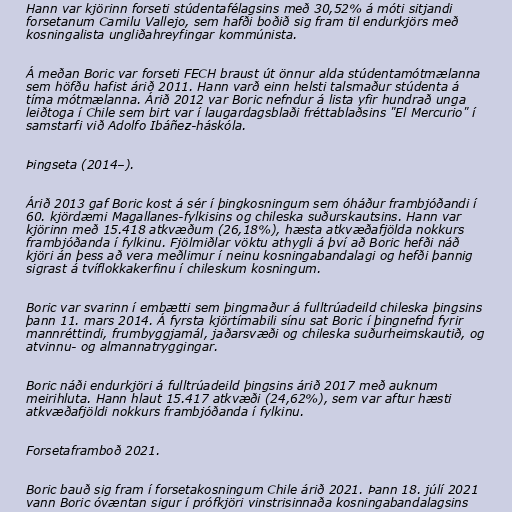
Hann var kjörinn forseti stúdentafélagsins með 30,52% á móti sitjandi
forsetanum Camilu Vallejo, sem hafði boðið sig fram til endurkjörs með
kosningalista ungliðahreyfingar kommúnista.

Á meðan Boric var forseti FECH braust út önnur alda stúdentamótmælanna
sem höfðu hafist árið 2011. Hann varð einn helsti talsmaður stúdenta á
tíma mótmælanna. Árið 2012 var Boric nefndur á lista yfir hundrað unga
leiðtoga í Chile sem birt var í laugardagsblaði fréttablaðsins "El Mercurio" í
samstarfi við Adolfo Ibáñez-háskóla.

Þingseta (2014–).

Árið 2013 gaf Boric kost á sér í þingkosningum sem óháður frambjóðandi í
60. kjördæmi Magallanes-fylkisins og chileska suðurskautsins. Hann var
kjörinn með 15.418 atkvæðum (26,18%), hæsta atkvæðafjölda nokkurs
frambjóðanda í fylkinu. Fjölmiðlar vöktu athygli á því að Boric hefði náð
kjöri án þess að vera meðlimur í neinu kosningabandalagi og hefði þannig
sigrast á tvíflokkakerfinu í chileskum kosningum.

Boric var svarinn í embætti sem þingmaður á fulltrúadeild chileska þingsins
þann 11. mars 2014. Á fyrsta kjörtímabili sínu sat Boric í þingnefnd fyrir
mannréttindi, frumbyggjamál, jaðarsvæði og chileska suðurheimskautið, og
atvinnu- og almannatryggingar.

Boric náði endurkjöri á fulltrúadeild þingsins árið 2017 með auknum
meirihluta. Hann hlaut 15.417 atkvæði (24,62%), sem var aftur hæsti
atkvæðafjöldi nokkurs frambjóðanda í fylkinu.

Forsetaframboð 2021.

Boric bauð sig fram í forsetakosningum Chile árið 2021. Þann 18. júlí 2021
vann Boric óvæntan sigur í prófkjöri vinstrisinnaða kosningabandalagsins